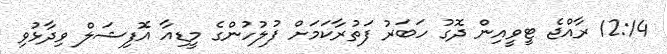
12:14 ރާއްޖެ ޓީވީއިން ދޮގު ހަބަރު ފަތުރާކަމަށް ފުލުހުންގެ މީޑިއާ އޮފިޝަލް ވިދާޅުވި